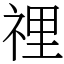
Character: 𥚃